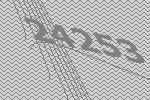
24253